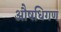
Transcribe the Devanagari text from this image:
औषधिगण